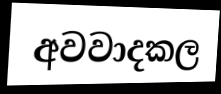
අවවාදකල